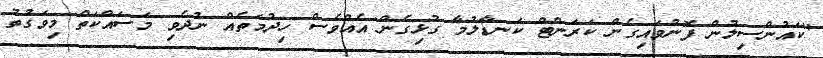
"ކައުންސިލުން ފޮނުވައިގެން ކަރަންޓް ކަނޑާލުމާ ގުޅިގެން އެއްވެސް ހިދުމަތެއް ނުދެވި މަސައްކަތް މިވަގުތު